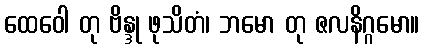
ထေဝေါ တု ဗိန္ဒု ဖုသိတံ၊ ဘမော တု ဇလနိဂ္ဂမော။